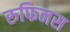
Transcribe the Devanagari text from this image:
रुफिनस